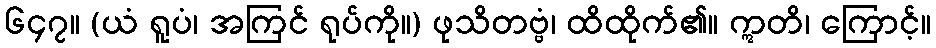
၆၄၇။ (ယံ ရူပံ၊ အကြင် ရုပ်ကို။) ဖုသိတဗ္ဗံ၊ ထိထိုက်၏။ ဣတိ၊ ကြောင့်။